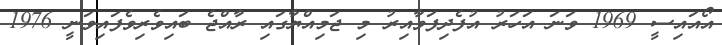
އޯއައިސީ 1969 ވަނަ އަހަރު އުފެދިފަވާއިރު މި ޖަމިއްޔާގައި ރާއްޖެ ބައިވެރިވެފައިވަނީ 1976